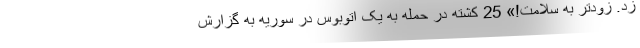
زد. زودتر به سلامت!» 25 کشته در حمله به یک اتوبوس در سوریه به گزارش